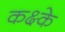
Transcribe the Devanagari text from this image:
कक्ष्के